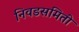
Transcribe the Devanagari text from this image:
निवडसमिती